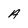
Character: A